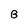
Character: B